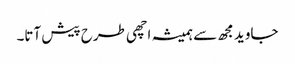
جاوید مجھ سے ہمیشہ اچھی طرح پیش آتا۔